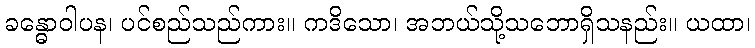
ခန္ဓောဝါပန၊ ပင်စည်သည်ကား။ ကဒိသော၊ အဘယ်သို့သဘောရှိသနည်း။ ယထာ၊